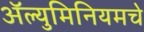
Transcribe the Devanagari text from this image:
अॅल्युमिनियमचे